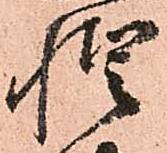
惶